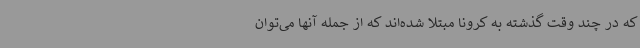
که در چند وقت گذشته به کرونا مبتلا شده‌اند که از جمله آنها می‌توان